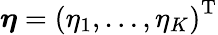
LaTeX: \boldsymbol{\eta}=\left(\eta_{1},\dots,\eta_{K}\right)^{\mathrm{T}}